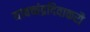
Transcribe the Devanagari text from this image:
यावच्चंद्रदिवाकरौ